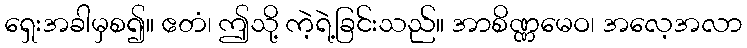
ရှေးအခါမှစ၍။ ဧတံ၊ ဤသို့ ကဲ့ရဲ့ခြင်းသည်။ အာစိဏ္ဏမေဝ၊ အလေ့အလာ